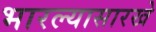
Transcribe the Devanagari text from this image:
भारल्यासारखे